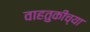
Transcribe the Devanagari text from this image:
वाहतुकींच्या